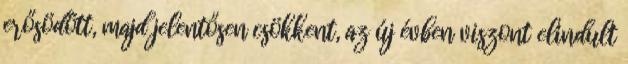
erősödött, majd jelentősen csökkent, az új évben viszont elindult